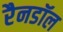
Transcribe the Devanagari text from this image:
रैनडॉल